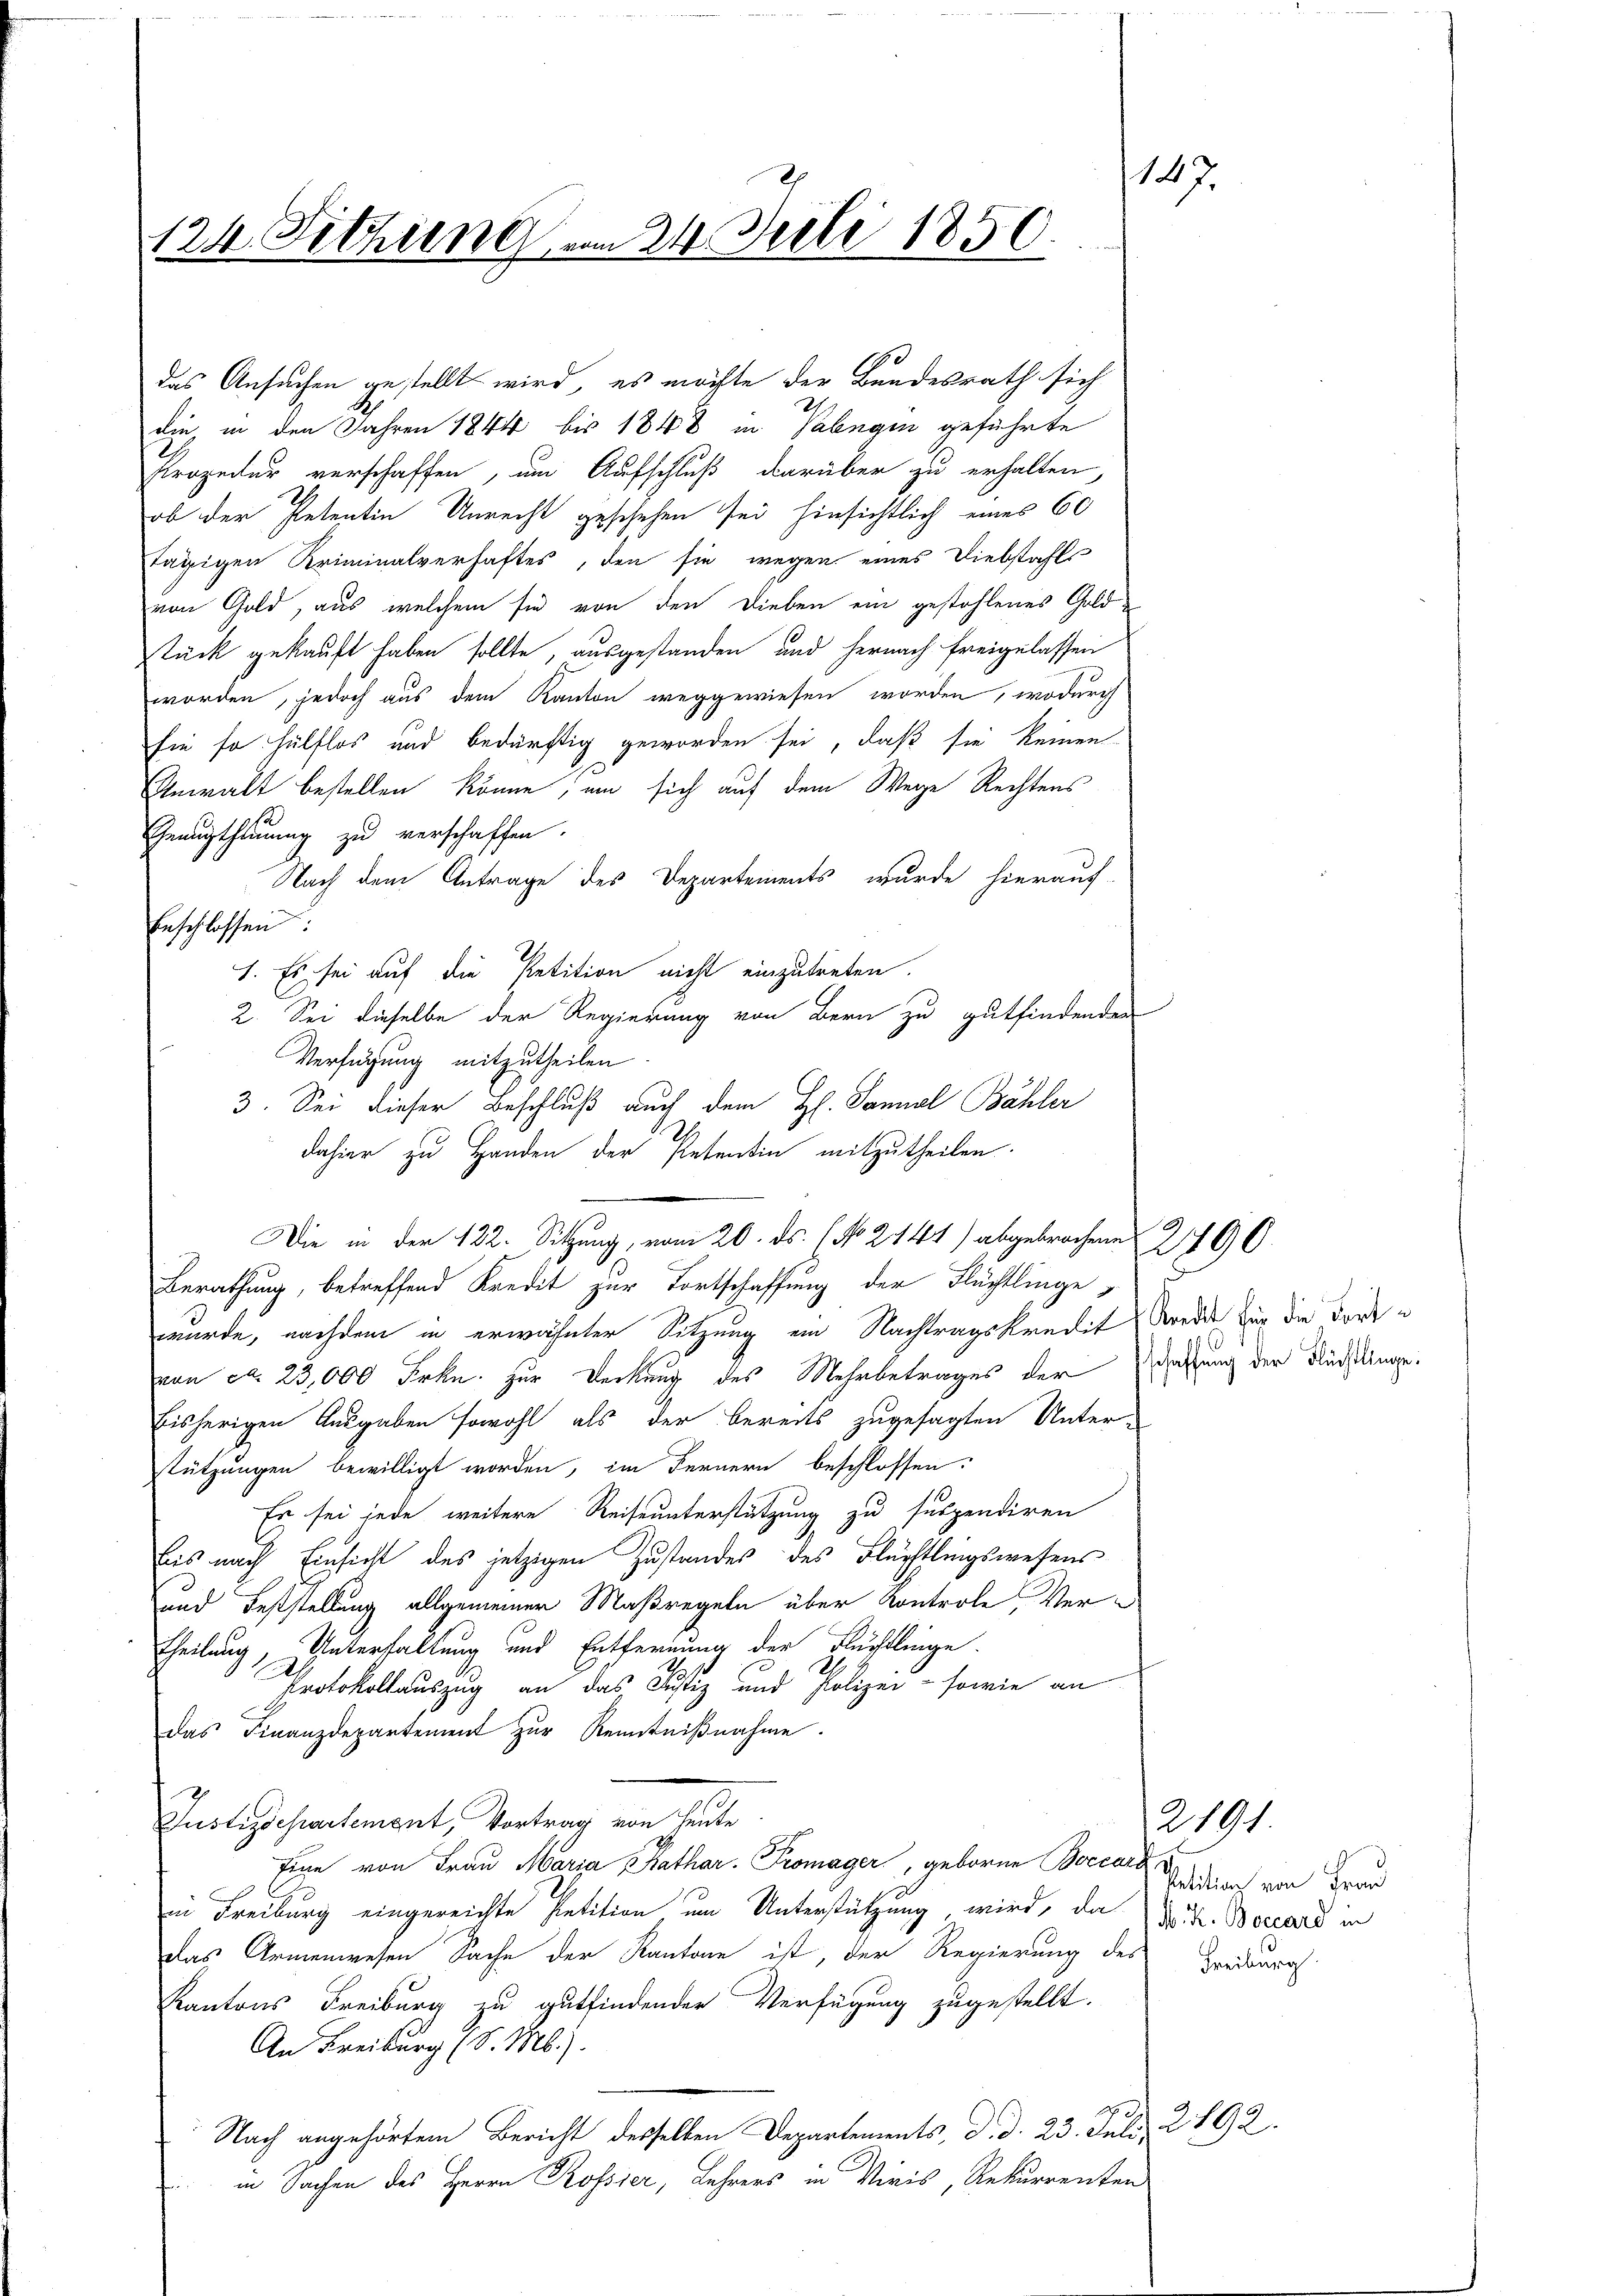
124. Fitzung vom 24. Juli 1850

das Ansuchen gestellt wird, es möchte der Bundesrath sich
die in den Jahren 1844 bis 1848 in Vabngin geführte
Prozedur verschaffen, um Aufschluß darüber zu erhalten,
ob der Petentin Unrecht geschehen sei hinsichtlich eines 60
tägigen Kriminalverhaftes, den sie wegen eines Diebstahls
von Gold, aus welchem sie von den Dieben ein gestohlenes Goldtück gekauft haben sollte, ausgestanden und hernach freigelassen
worden, jedoch aus dem Kanton weggewiesen worden, wodurch
sie so hülflos und bedürftig geworden sei, daß sie keinen
Anwalt bestellen könne; um sich auf dem Wege Rechtens
Genugtheinung zu verschaffen.
Nach dem Antrage des Departements, wurde hierauf-
beschlossen:
1. Es sei auf die Petition nicht einzutreten.
2. Sei dieselbe der Regierung von Bern zu gutfindenden
Verfügung mitzutheilen
3. Sei dieser Beschluß auch dem H. Sanal Bähler
Berathung, betreffend Kredit zur Fortschaffung der Flächtlinge,
wurde, nachdem in erwähnter Sitzung ein Nachtragskredit wordes für die dort e
von ca. 23,000 Frkn. zur Deckung des Mehrbetrages der darung der Rüchtlinge.
bisherigen Ausgaben sowohl als der bereits zugesagten Unter-
stützungen bewilligt worden, im Fernern beschlossen:
Es sei jede weitere Reiseunterstützung zu suspendiren
bis nach Einsicht des jetzigen Zustandes des Flüchtlingswesens
und Feststellung allgemeiner Maßregeln über Kontrole, Ver¬
Theilung, Unterhaltung und Entfernung der Flüchtlinge.
Protokollauszug an das Justiz und Polizei - sowie an
das Finanzdepartement zur Kenntnißnahme.
Justizdepartement, Vortrag von heute
Eine von Frau Maria Kathar. Promager, geborne Boccord
in Freiburg eingereichte Petition um Unterstützung wird, da d. h. Bocard in
das Armenwesen Sache der Kantone ist, der Regierung des Freiburg
Kantons Freiburg zu gutfindender Verfügung zugestellt.
An Freiburg (S. M.).
Nach angehörtem Bericht desselben Departements, d. d. 23. Juli
in Sachen des Herrn Rossier, Lehrers in Miris, Rekurrenten

dahier zu Handen der Petentin mitzutheilen.
Die in der 122. Sitzung, vom 20. ds. 1. No. 241) abgebrochene

147.

190

Petition von Frau

2191.

2192.